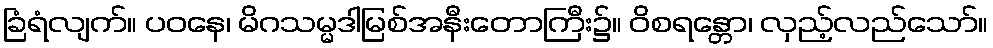
ခြံရံလျက်။ ပဝနေ၊ မိဂသမ္မဒါမြစ်အနီးတောကြီး၌။ ဝိစရန္တော၊ လှည့်လည်သော်။